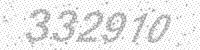
Solution: 332910